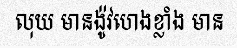
លុយ មានង៉ូវហេងខ្លាំង មាន